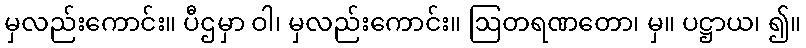
မှလည်းကောင်း။ ပီဌမှာ ဝါ၊ မှလည်းကောင်း။ ဩတရဏတော၊ မှ။ ပဋ္ဌာယ၊ ၍။